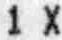
1 X